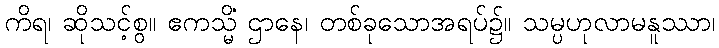
ကိရ၊ ဆိုသင့်စွ။ ဧကသ္မိံ ဌာနေ၊ တစ်ခုသောအရပ်၌။ သမ္ပဟုလာမနူဿာ၊